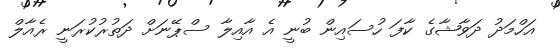
އަހްމަދު ދަވާޝާގެ ކާފަ ހުސައިން ބުނީ އެ އާއިލާ ސްޕޭނަށް ދަތުރުކުރަނީ ރެއާލް